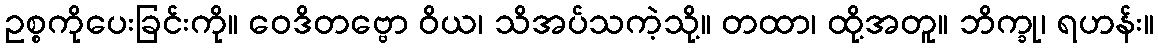
ဥစ္စကိုပေးခြင်းကို။ ဝေဒိတဗ္ဗော ဝိယ၊ သိအပ်သကဲ့သို့။ တထာ၊ ထို့အတူ။ ဘိက္ခု၊ ရဟန်း။